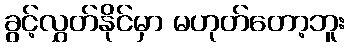
ခွင့်လွှတ်နိုင်မှာ မဟုတ်တော့ဘူး